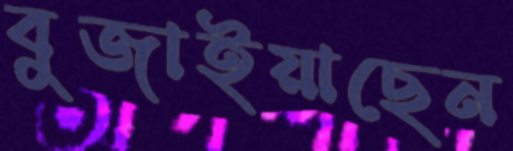
বুজাইয়াছেন